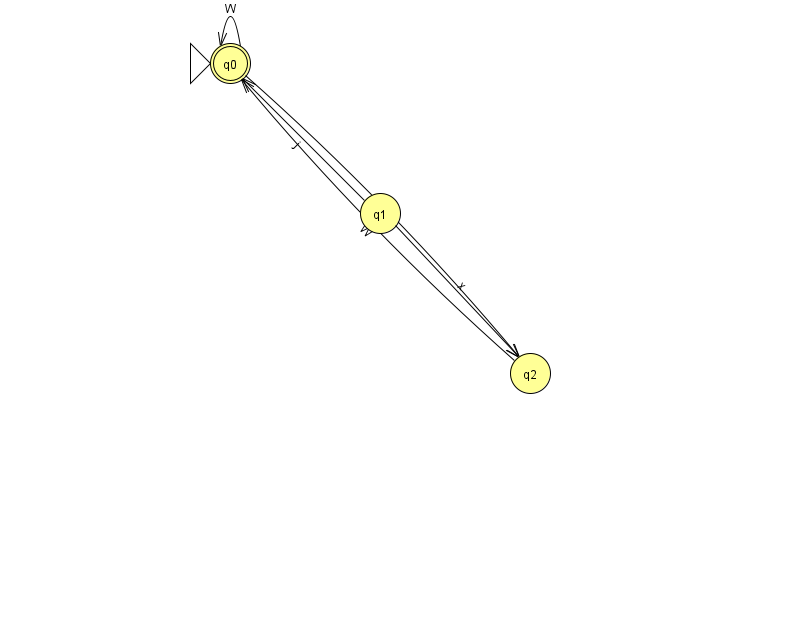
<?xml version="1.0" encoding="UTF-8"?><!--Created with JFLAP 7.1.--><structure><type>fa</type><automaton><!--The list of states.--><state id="0" name="q0"><x>230.0</x><y>50.0</y><initial/><final/></state><state id="1" name="q1"><x>380.0</x><y>200.0</y></state><state id="2" name="q2"><x>530.0</x><y>360.0</y></state><!--The list of transitions.--><transition><from>0</from><to>2</to><read>M</read></transition><transition><from>1</from><to>0</to><read>j</read></transition><transition><from>0</from><to>0</to><read>W</read></transition><transition><from>1</from><to>2</to><read>x</read></transition><transition><from>2</from><to>0</to><read>W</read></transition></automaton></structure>